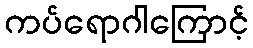
ကပ်ရောဂါကြောင့်